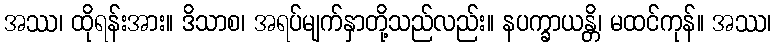
အဿ၊ ထိုရန်းအား။ ဒိသာစ၊ အရပ်မျက်နှာတို့သည်လည်း။ နပက္ခာယန္တိ၊ မထင်ကုန်။ အဿ၊